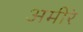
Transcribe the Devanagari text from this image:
अमीरे